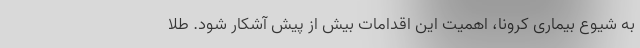
به شیوع بیماری کرونا، اهمیت این اقدامات بیش از پیش آشکار شود. طلا